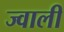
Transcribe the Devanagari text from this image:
ज्वाली